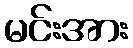
မင်းအား